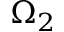
\Omega _ { 2 }